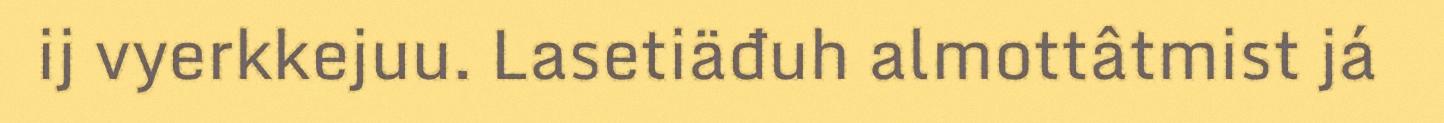
ij vyerkkejuu. Lasetiäđuh almottâtmist já